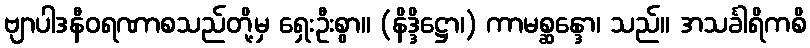
ဗျာပါဒနီဝရဏာစသည်တို့မှ ရှေးဦးစွာ။ (နိဒ္ဒိဋ္ဌော၊) ကာမစ္ဆန္ဒော၊ သည်။ အသင်္ခါရိကစိ